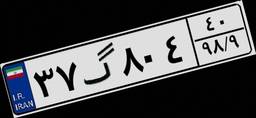
۳۷گ۸۰۴۴۰